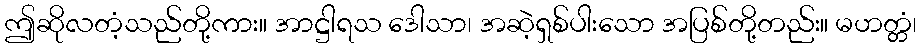
ဤဆိုလတံ့သည်တို့ကား။ အာဋ္ဌါရသ ဒေါသာ၊ အဆဲ့ရှစ်ပါးသော အပြစ်တို့တည်း။ မဟတ္တံ၊